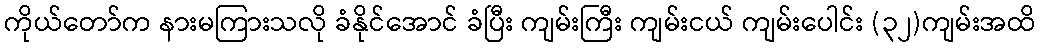
ကိုယ်တော်က နားမကြားသလို ခံနိုင်အောင် ခံပြီး ကျမ်းကြီး ကျမ်းငယ် ကျမ်းပေါင်း (၃၂)ကျမ်းအထိ